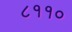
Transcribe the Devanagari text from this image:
८११०